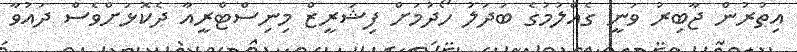
އިތުރުން ޖާބިރު ވަނީ ގެއްލުމުގެ ބަދަލު ހޯދުމަށް ފިޝަރީޒް މިނިސްޓްރީއާ ދެކޮޅަށްވެސް ދައުވާ